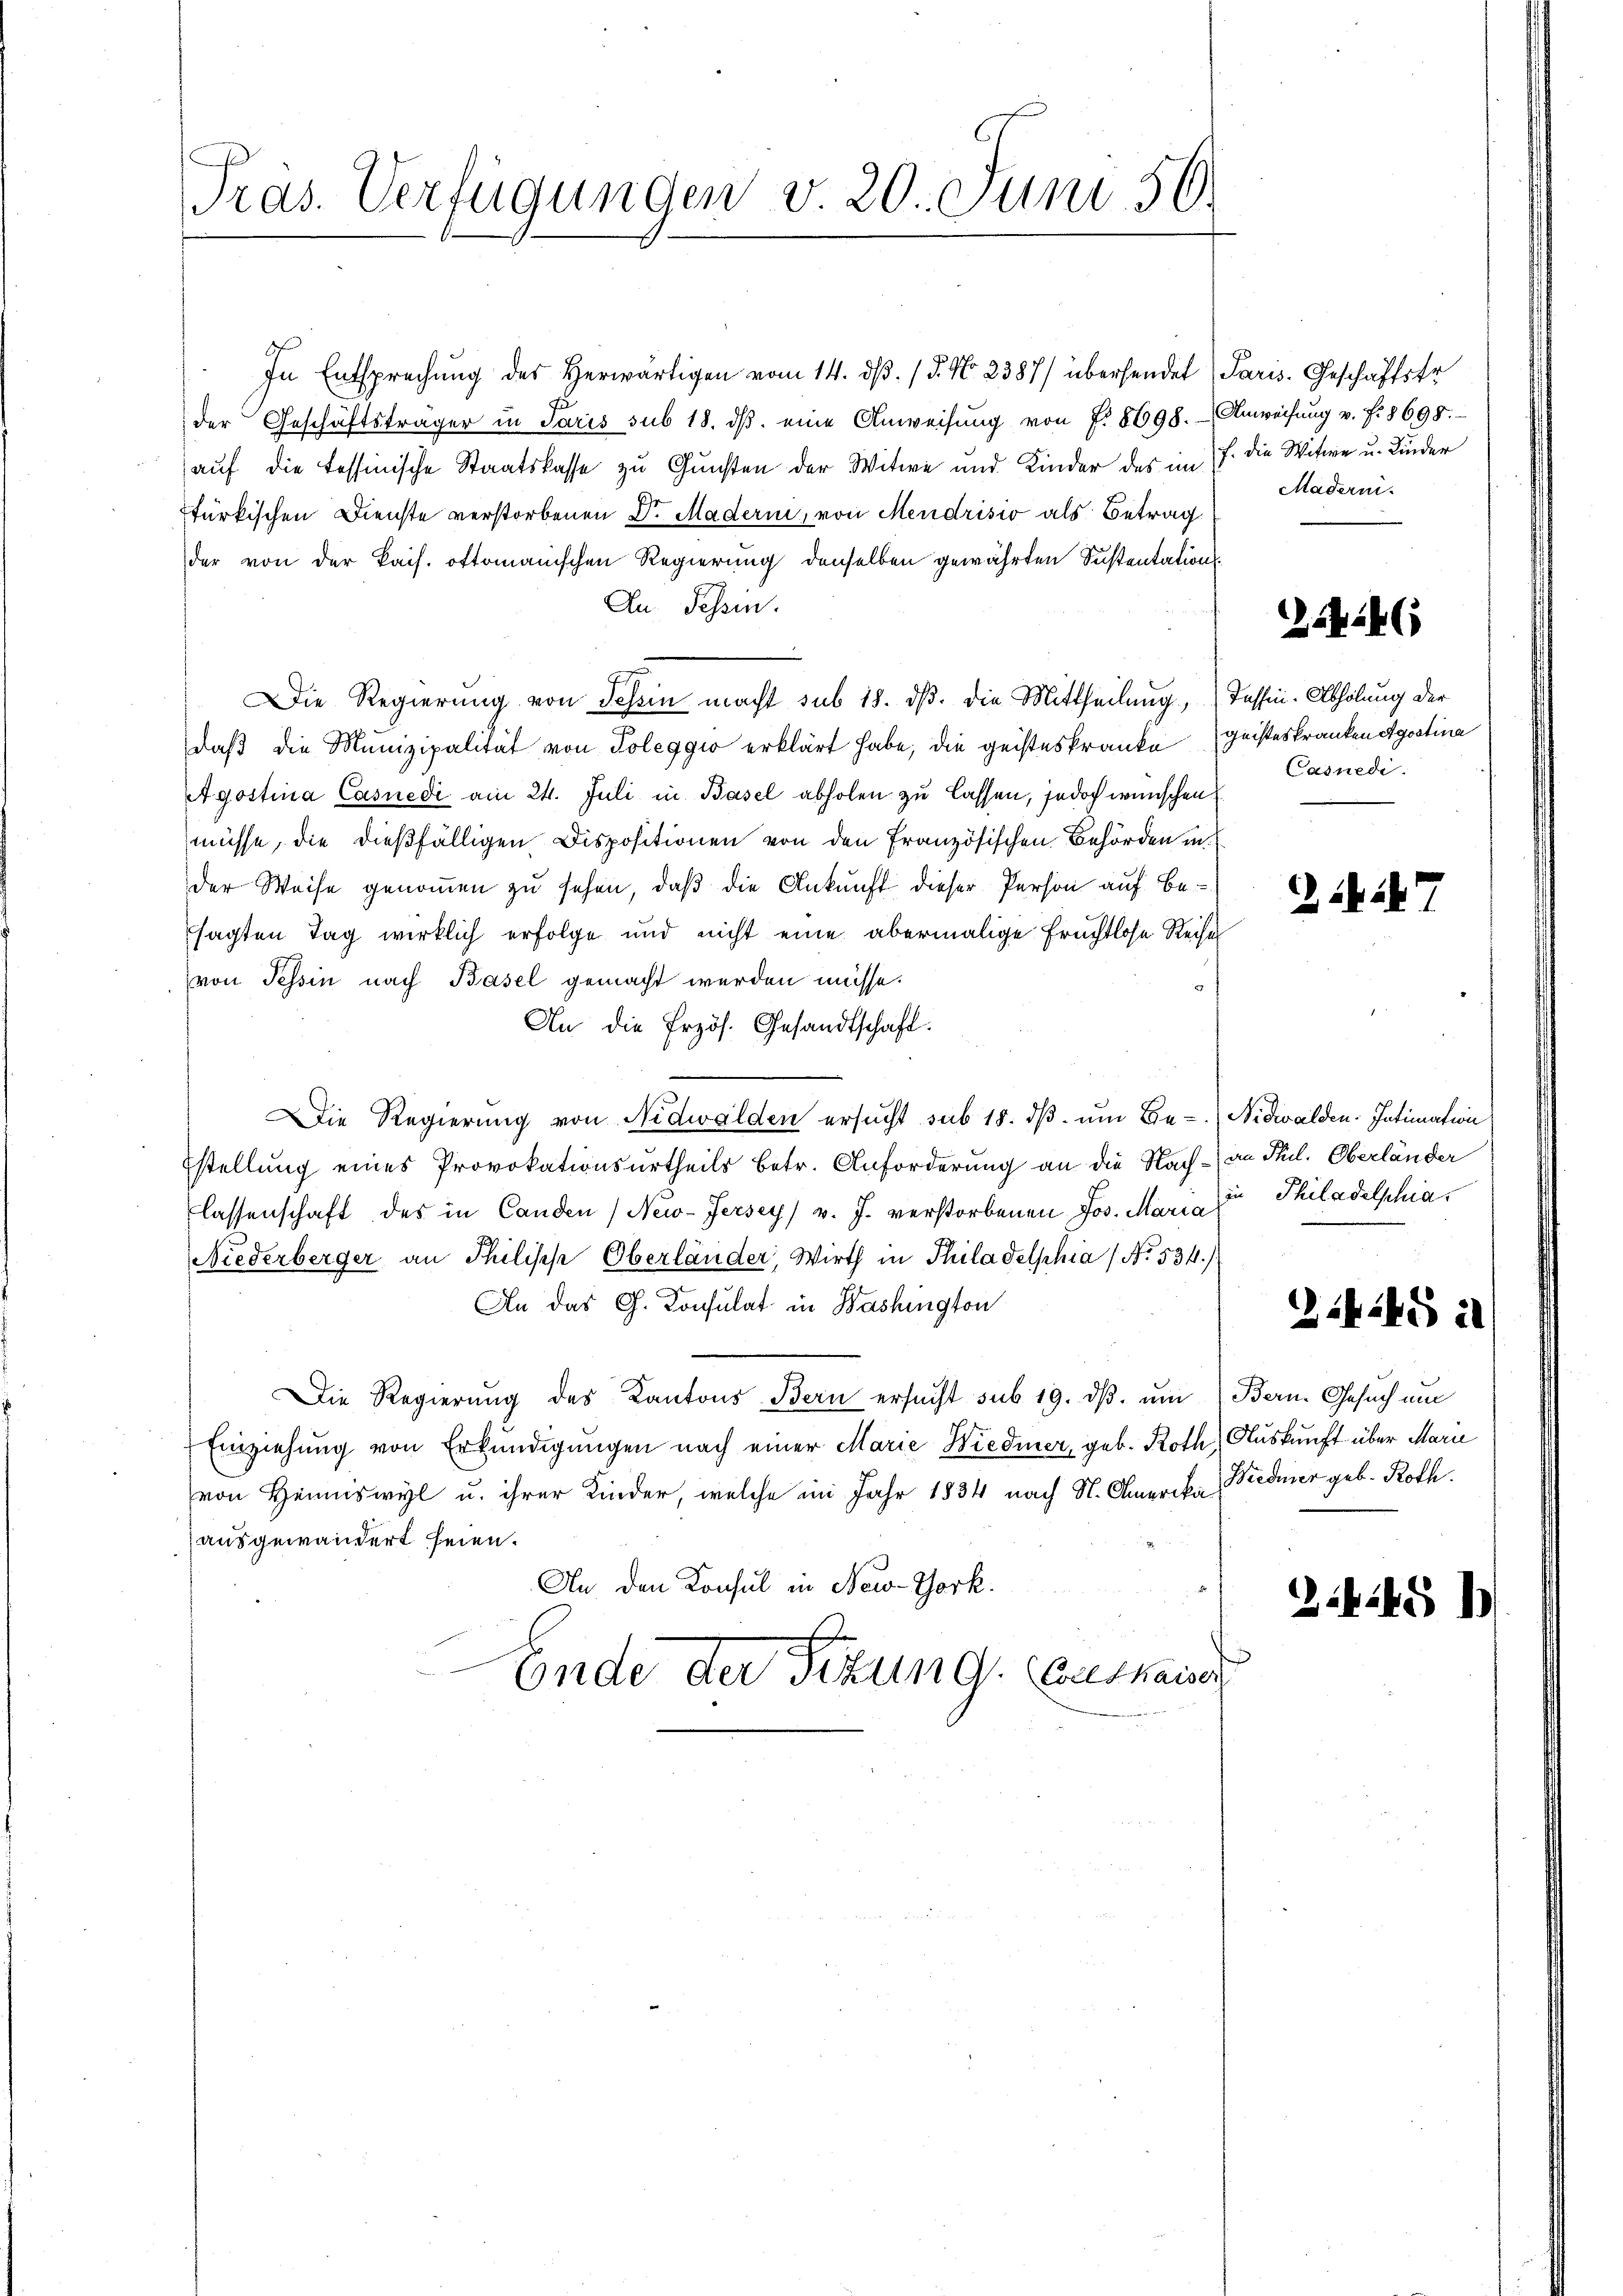
Präs. Verfügungen d. 20. Juni 56.

In Entsprechung des Herwärtigen vom 14. dβ. / 5. No. 2387/ übersendet Paris. Geschäftstr
der Geschäftsträger in Paris sub 18. dβ eine Anweisŭng von f. 8698. Anweisŭng v. f. 8698.
auf die tessinische Staatskasse zu Gunsten der Witwe und Kinder des im J. die Witwe u. Kinder
ftürkischen Dienste verstorbenen Dr. Maderin, von Mendrisio als Betrag
der von der kais. oftomanischen Regierung denselben gewährten Sustentation
An Tessin.
Die Regierung von Schein macht sub 18. dβ. die Mittheilung, Tessin. Abholung der
daβ die Munizipalität von Poleggio erklärt habe, die geisteskranke geisteskranken Agostina
Agostina Casnedi am 24. Juli in Basel abholen zu lassen, jedoch wünschen
müsse, die dießfälligen Dispositionen von den Französischen Behörden in
der Weise genommen zu sehen, daß die Ankunft dieser Person auf Be
sagten Tag wirklich erfolge und nicht eine abermalige Fruchtlose Reises
von Tessin nach Basel gemacht werden müsse.
An die Przös. Gesandtschaft:
Die Regierung von Nidwalden ersucht sub 18. dβ ŭm Be- Nidwalden. Intimation
stellung eines Provokationsurtheils betr. Anforderung an die Nach-an Phil. Oberländer
lassenschaft des in Canden New-Jersey) v. J. verstorbenen Jos. Maria Philadelphia,
Niederberger an Philisch Oberländer, Wirth in Philadelphia (No. 534.)
An des C. Konsulat in Washington
Die Regierung des Kantons Bern ersŭcht sub 19. dβ. ŭm Bern. Gesuch um
Einziehung von Erkundigungen nach einer Marie Wiedmer, geb. Roth Auskunft über Marie
von Heimiswyl u. ihrer Kinder, welche im Jahr 1834 nach St. Amerika Wiedmer geb. Roth.
ausgewändert seien.
An den Konsul in New-York.
Ende der Titung. Auskaue

Maderni

1454 (1

1 247

Casnedi

24-G il

Zikke h